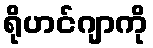
ရိုဟင်ဂျာကို